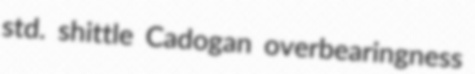
std. shittle Cadogan overbearingness